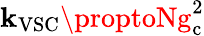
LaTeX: \mathbf{k}_{\mathrm{{VSC}}}\proptoNg_{\mathrm{{c}}}^{2}